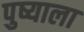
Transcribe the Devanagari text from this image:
पुष्याला